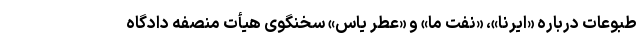
طبوعات درباره «ایرنا»، «نفت ما» و «عطر یاس» سخنگوی هیأت منصفه دادگاه